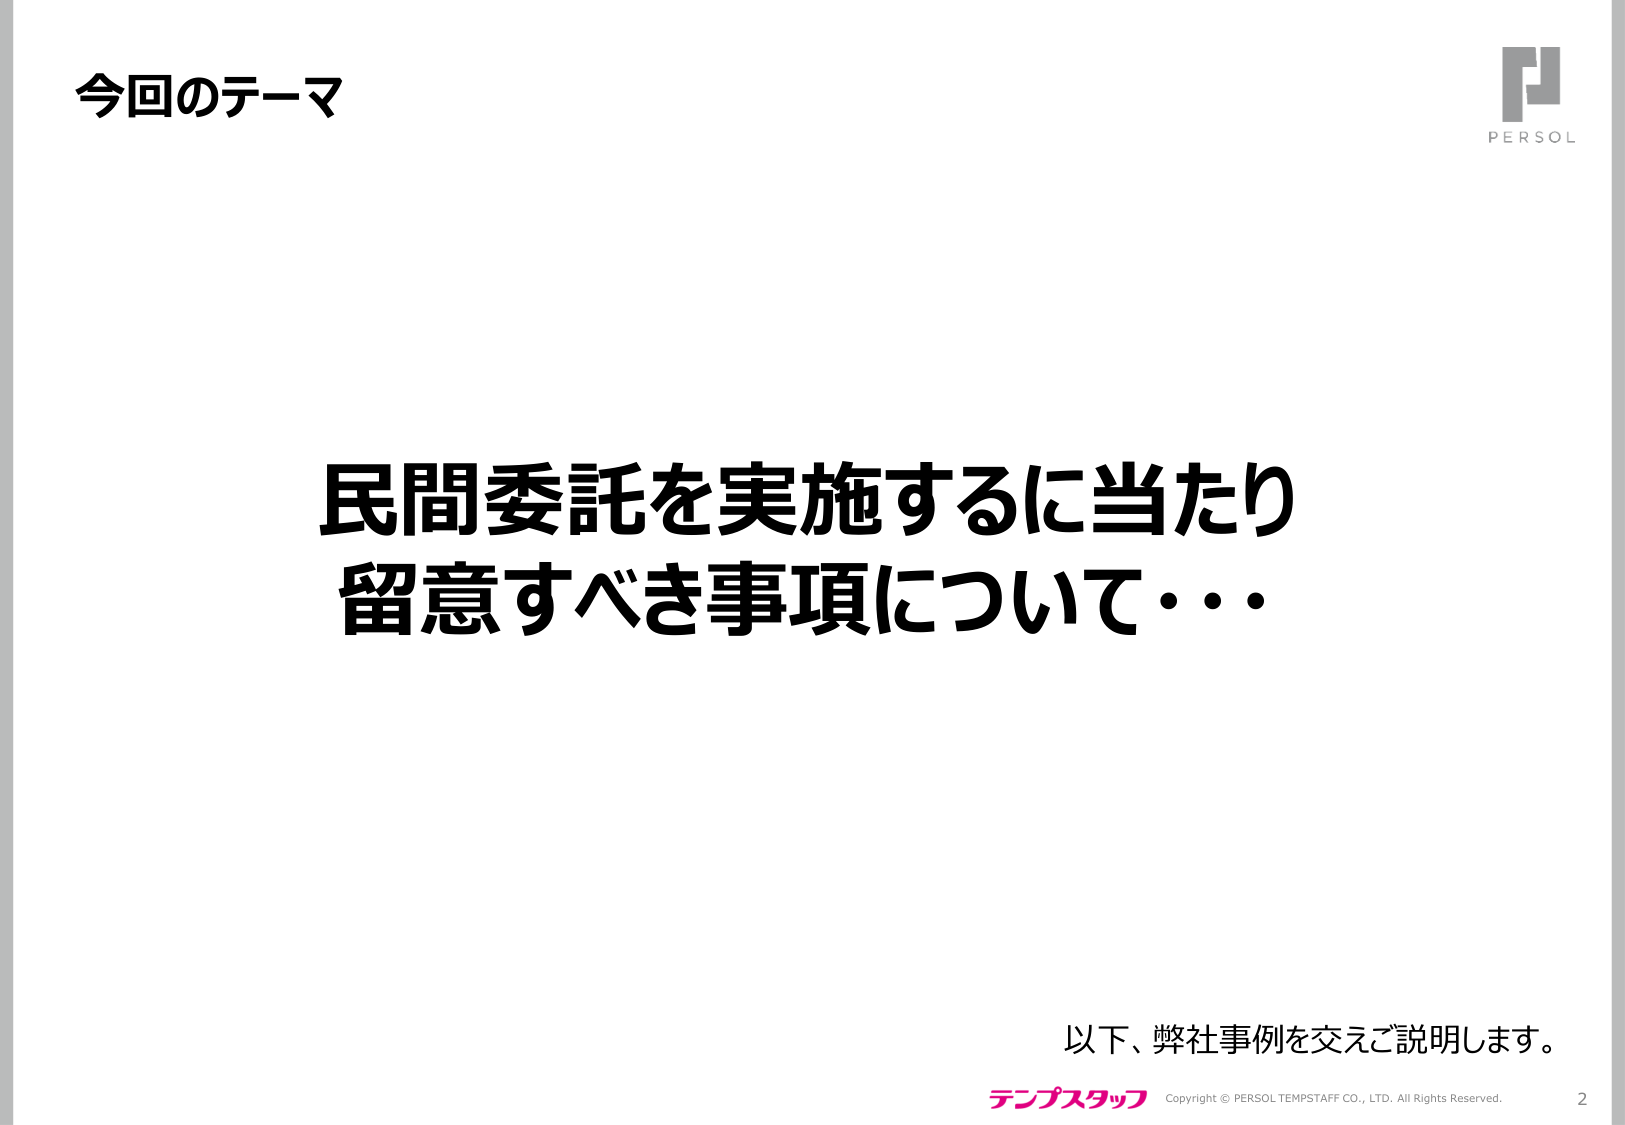
今回のテーマ

民間委託を実施するに当たり
留意すべき事項について…

以下、弊社事例を交えご説明します。

テンプスタッフ Copyright © PERSOL TEMPSTAFF CO., LTD. All Rights Reserved.
2

PERSOL